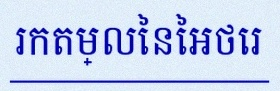
រកតម្លៃនៃអថេរ